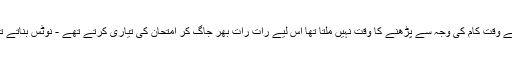
دن کے وقت کام کی وجہ سے پڑھنے کا وقت نہیں ملتا تھا اس لیے رات رات بھر جاگ کر امتحان کی تیاری کرتے تھے - نوٹس بناتے تھے ۔